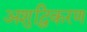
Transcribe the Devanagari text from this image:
अशुद्धिकरण